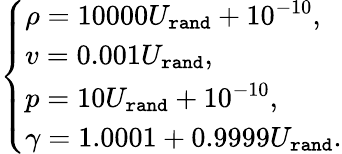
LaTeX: \begin{array}{r}{\left\{ \begin{array}{ll}{\rho=10000U_{\tt rand}+10^{-10},}\\ {v=0.001U_{\tt rand},}\\ {p=10U_{\tt rand}+10^{-10},}\\ {\gamma=1.0001+0.9999U_{\tt rand}.}\end{array}\right.}\end{array}